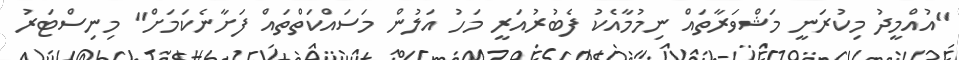
"އުއްމީދު މިކުރަނީ މަޝްވަރާތައް ނިމުމާއެކު ފެބުރުއަރީ މަހު އަލުން މަސައްކަތްތައް ފަށާނެކަމަށް" މިނިސްޓަރު